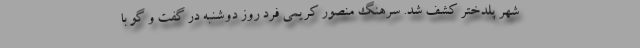
شهر پلدختر کشف شد. سرهنگ منصور کریمی فرد روز دوشنبه در گفت و گو با